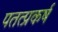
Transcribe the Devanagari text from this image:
पतत्प्रकर्ष